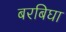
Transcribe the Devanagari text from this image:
बरबिघा